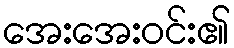
အေးအေးဝင်း၏